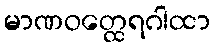
မာဏဝတ္ထေရဂါထာ